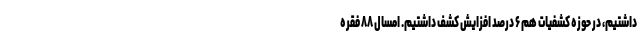
داشتیم، در حوزه کشفیات هم ۶ درصد افزایش کشف داشتیم. امسال ۸۸ فقره